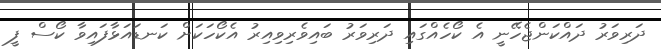
ދަރިވަރު ދައްކަންޖެހޭނީ އެ ކޯހެއްގައި ދަރިވަރު ބައިވެރިވިއިރު އެކޯހަކަށް ކަނޑައަޅާފައިވާ ކޯސް ފީ